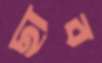
ছাব